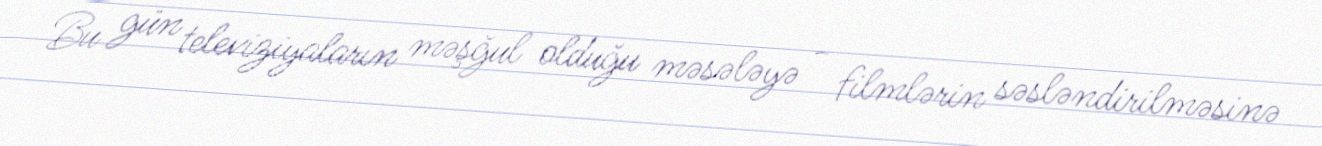
Bu gün televiziyaların məşğul olduğu məsələyə - filmlərin səsləndirilməsinə